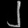
Digit: ၂